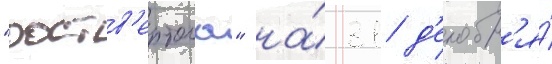
"роств'ертола" на́ 31 д'екабр'я́